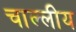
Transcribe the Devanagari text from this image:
चाल्लीय